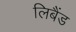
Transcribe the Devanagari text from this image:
लिबैंड